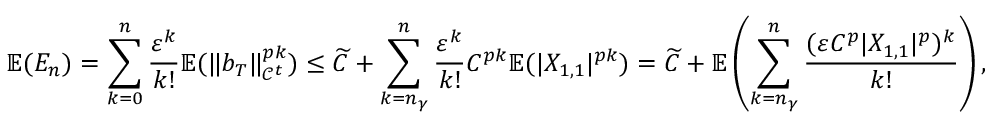
\mathbb { E } ( E _ { n } ) = \sum _ { k = 0 } ^ { n } \frac { \ensuremath { \varepsilon } ^ { k } } { k ! } \mathbb { E } ( \| b _ { T } \| _ { \mathcal { C } ^ { t } } ^ { p k } ) \le \widetilde C + \sum _ { k = n _ { \gamma } } ^ { n } \frac { \ensuremath { \varepsilon } ^ { k } } { k ! } C ^ { p k } \mathbb { E } ( | X _ { 1 , 1 } | ^ { p k } ) = \widetilde C + \mathbb { E } \left( \sum _ { k = n _ { \gamma } } ^ { n } \frac { ( \ensuremath { \varepsilon } C ^ { p } | X _ { 1 , 1 } | ^ { p } ) ^ { k } } { k ! } \right) ,